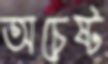
অচেষ্ট